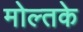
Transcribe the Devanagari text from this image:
मोल्तके